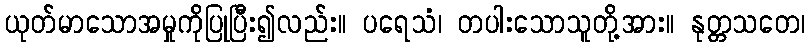
ယုတ်မာသောအမှုကိုပြုပြီး၍လည်း။ ပရေသံ၊ တပါးသောသူတို့အား။ နုတ္တသတေ၊